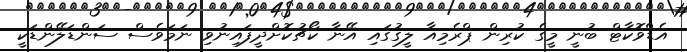
އެޑްވޮކާޓް ބުނީ މީގެ ކުރިން ޕްރެމިއާ ލީގުގައި އޭނާ ކޯޗުކޮށްދީފައިނުވި ނަމަވެސް ސަންޑަލޭންޑަކީ